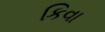
કિવા